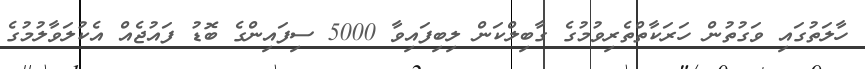
ހާލަތުގައި ވަގުތުން ހަރަކާތްތެރިވުމުގެ ގާބިލްކަން ލިބިފައިވާ 5000 ސިފައިންގެ ބޮޑު ފައުޖެއް އެކުލަވާލުމުގެ